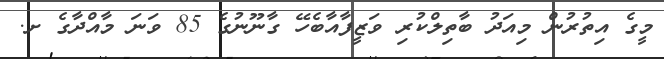
މީގެ އިތުރުން މިއަދު ބާތިލްކުރި ވަޒީފާއާބެހޭ ގާނޫނުގެ 85 ވަނަ މާއްދާގެ ށ.